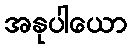
အနုပါယော